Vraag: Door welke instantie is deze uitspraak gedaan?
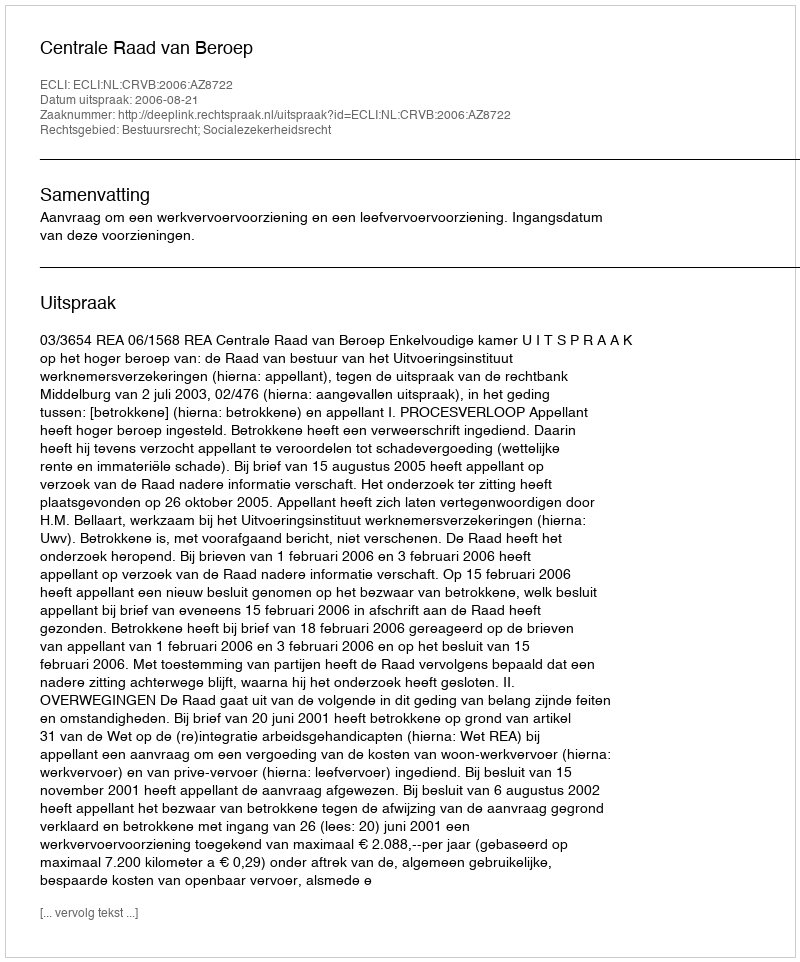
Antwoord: Centrale Raad van Beroep